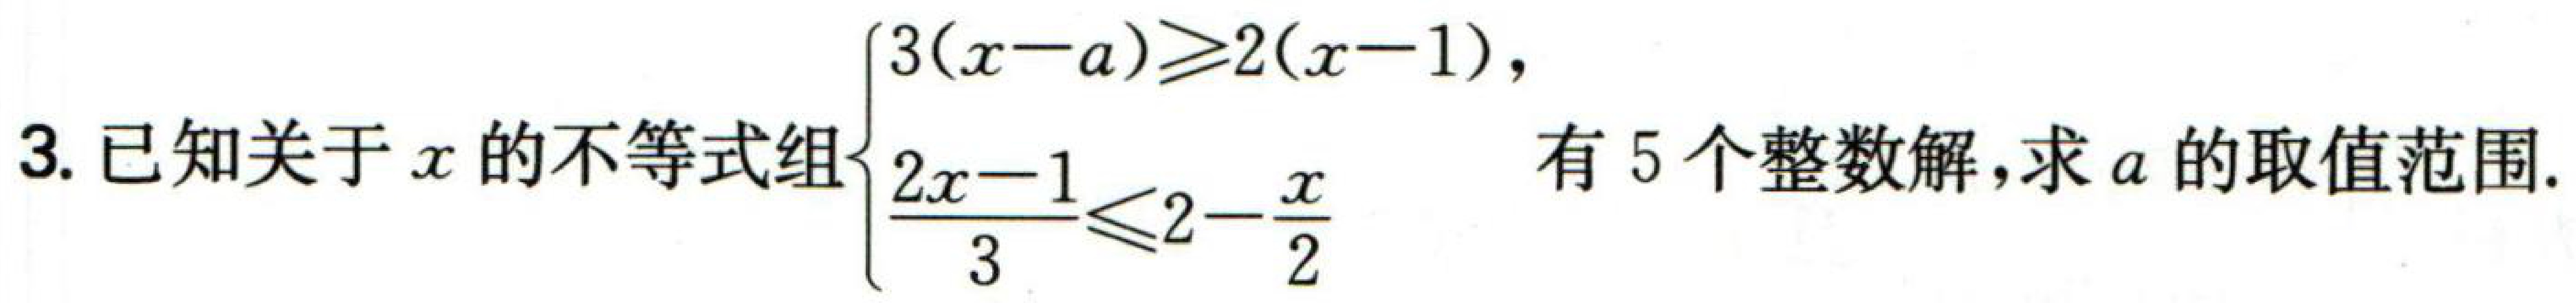
3. 已知关于 \(x\) 的不等式组\(\begin{cases}3(x - a)\geqslant2(x - 1),\\\frac{2x - 1}{3}\leqslant2-\frac{x}{2}\end{cases}\) 有 \(5\) 个整数解，求 \(a\) 的取值范围.